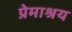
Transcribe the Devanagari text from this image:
प्रेमाश्रय